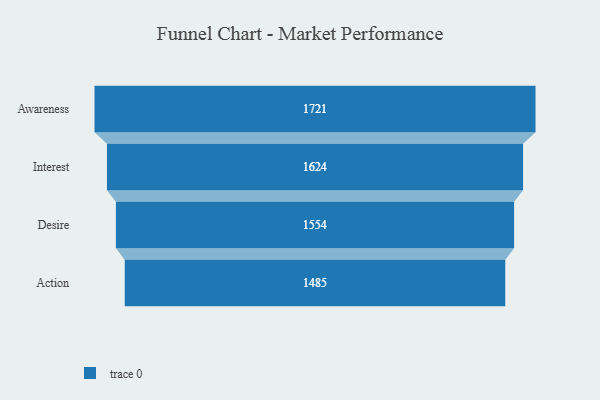
{"axis": {"x": "Stage", "y": "Value"}, "legend": [""], "data": [{"x": "Awareness", "y": 1721.0, "type": ""}, {"x": "Interest", "y": 1624.0, "type": ""}, {"x": "Desire", "y": 1554.0, "type": ""}, {"x": "Action", "y": 1485.0, "type": ""}]}